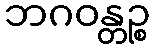
ဘဂဝန္တဉ္စ